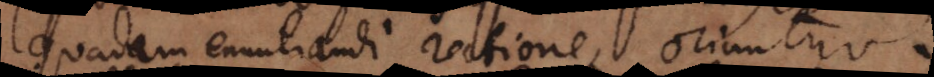
quadam enuntiandi rectione, oriuntur.